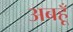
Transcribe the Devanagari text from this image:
अबहूँ